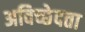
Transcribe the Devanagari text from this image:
अविच्छेदता